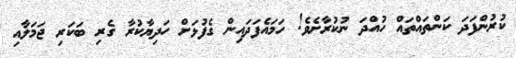
ކުރުންފަދަ ކަންތައްތައް ހުއްދަ ނުކުރާށެވެ! ހަމައެފަދައިން ގެފުޅަށް ހަދިޔާކުރާ ގެރި ބަކަރި ޖަމަލާއި